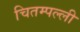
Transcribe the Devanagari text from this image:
चितम्पल्ली